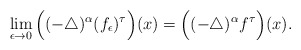
\begin{align*}\lim\limits_{\epsilon\to0}\Big((-\triangle)^{\alpha}(f_{\epsilon})^{\tau}\Big)(x)= \Big((-\triangle)^{\alpha}f^{\tau}\Big)(x). \end{align*}